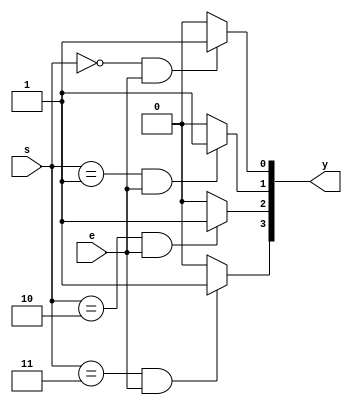
module decoder4to2(s,e,y);
input [1:0]s;
input e;
output reg[3:0]y;
integer k;
always @(s,e)
begin
for(k=0;k<=3;k=k+1)
    begin
	 if ((s==k)&&(e==1))
	 y[k]=1;
	 else
	 y[k]=0;
	 end
end
endmodule